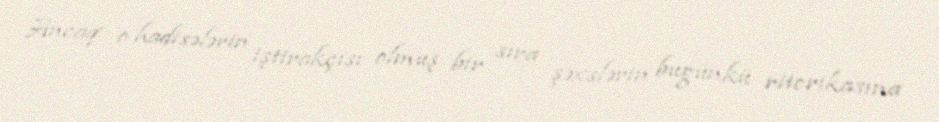
Ancaq o hadisələrin iştirakçısı olmuş bir sıra şəxslərin bugünkü ritorikasına